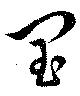
閠